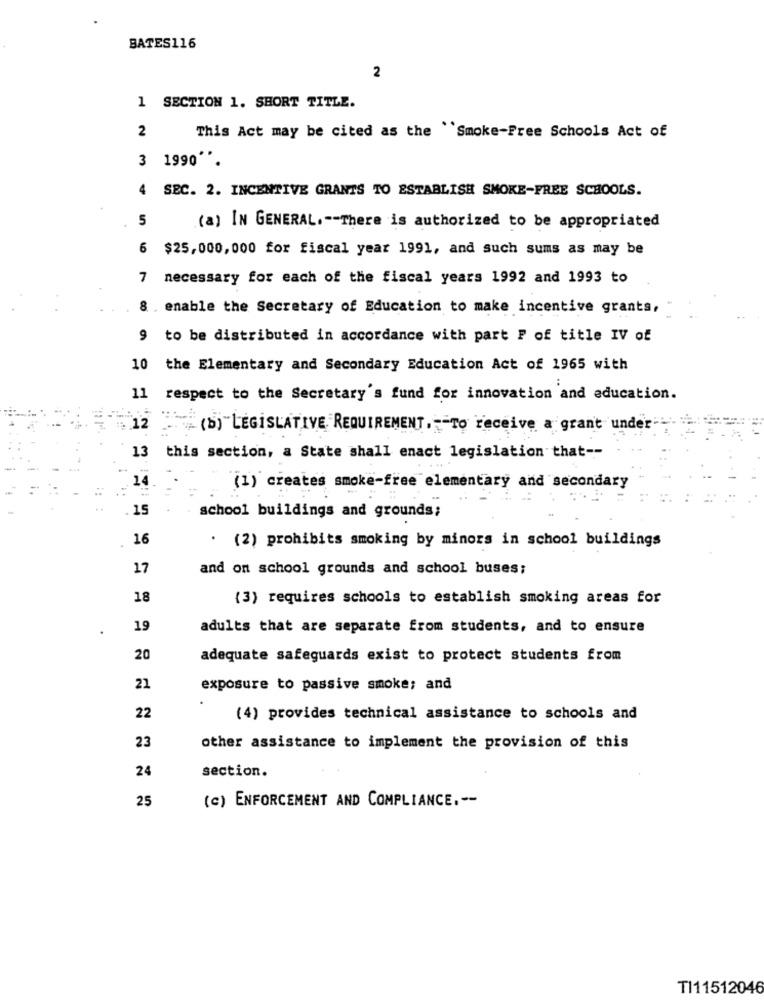
BATES116
2
1 SECTION 1. SHORT TITLE.
2
This Act may be cited as the Smoke-Free Schools Act of
3 1990 **.
SEC. 2. INCENTIVE GRANTS TO ESTABLISH SMOKE-FREE SCHOOLS.
5
(a) IN GENERAL .-- There is authorized to be appropriated
6 $25,000, 000 for fiscal year 1991, and such sums as may be
7 necessary for each of the fiscal years 1992 and 1993 to
8. enable the Secretary of Education to make incentive grants,
9 to be distributed in accordance with part P of title IV of
10 the Elementary and Secondary Education Act of 1965 with
11 respect to the Secretary's fund for innovation and education.
. 12
(B)"LEGISLATIVE REQUIREMENT, - To receive a grant under
13 this section, a State shall enact legislation that --
14
(1) creates smoke-free elementary and secondary
15
school buildings and grounds;
16
. (2) prohibits smoking by minors in school buildings
17
and on school grounds and school buses;
18
(3) requires schools to establish smoking areas for
19
adults that are separate from students, and to ensure
20
adequate safeguards exist to protect students from
21
exposure to passive smoke; and
22
(4) provides technical assistance to schools and
23
other assistance to implement the provision of this
24
section.
25
(c) ENFORCEMENT AND COMPLIANCE .--
TI11512046